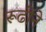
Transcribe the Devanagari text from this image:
रूढीने